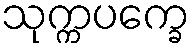
သုက္ကပက္ခေ